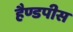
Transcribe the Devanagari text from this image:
हैण्डपीस